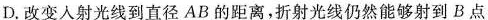
D.改变人射光线到直径AB的距离，折射光线仍然能够射到B点